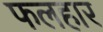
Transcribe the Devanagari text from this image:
फलहार